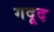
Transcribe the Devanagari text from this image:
गदूद